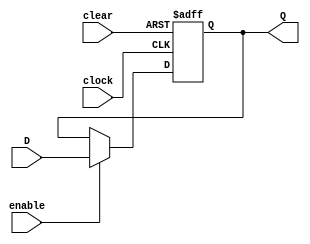
// REGISTRADOR SNCRONO DE 9 BITS -------------------------------------------------------
module registrador_9 (
    input        clock,
    input        clear,
    input        enable,
    input  [8:0] D,
    output [8:0] Q
);

    reg [8:0] IQ;

    always @(posedge clock or posedge clear) begin
        if (clear)
            IQ <= 0;
        else if (enable)
            IQ <= D;
    end

    assign Q = IQ;

endmodule